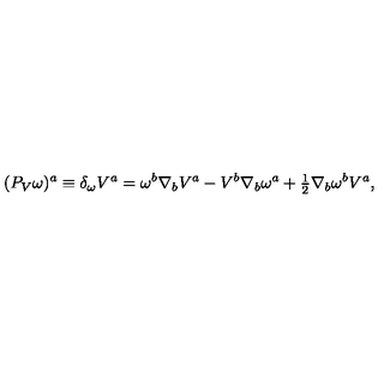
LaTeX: ( P _ { V } \omega ) ^ { a } \equiv \delta _ { \omega } V ^ { a } = \omega ^ { b } \nabla _ { b } V ^ { a } - V ^ { b } \nabla _ { b } \omega ^ { a } + { \textstyle { \frac { 1 } { 2 } } } \nabla _ { b } \omega ^ { b } V ^ { a } ,